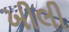
ખીલી